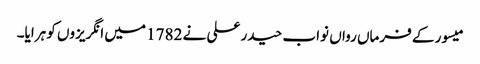
میسور کے فرماں رواں نواب حیدر علی نے 1782 میں انگریزوں کو ہرایا۔